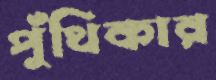
পুঁথিকার